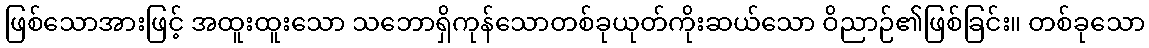
ဖြစ်သောအားဖြင့် အထူးထူးသော သဘောရှိကုန်သောတစ်ခုယုတ်ကိုးဆယ်သော ဝိညာဉ်၏ဖြစ်ခြင်း။ တစ်ခုသော